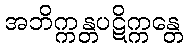
အဘိက္ကန္တပဋိက္ကန္တေ